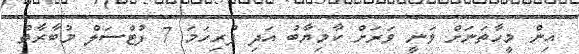
އިން މީހާތަނަށް ވަނީ ވަރަށް ކާމިޔާބު އަދި ފުރިހަމަ 7 ފުޓްސަލް މުބާރާތް